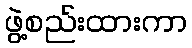
ဖွဲ့စည်းထားကာ